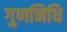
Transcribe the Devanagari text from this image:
गुणनिधि